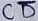
Text: CD